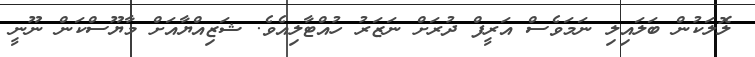
ލޮލަކުން ބަލައިލި ނަމަވެސް އަރީފް ދުރަށް ނަޒަރު ހުއްޓާލިއެވެ. ޝަޒިއްޔާއަށް މާޔޫސްކަން ނޫނީ